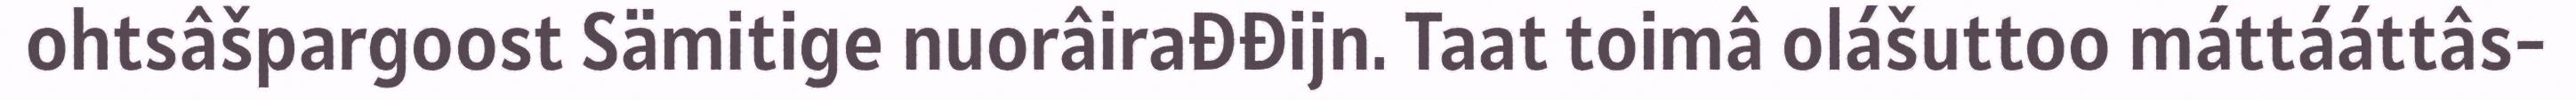
ohtsâšpargoost Sämitige nuorâirađđijn. Taat toimâ olášuttoo máttááttâs-